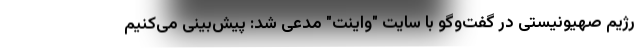
رژیم صهیونیستی در گفت‌وگو با سایت "واینت" مدعی شد: پیش‌بینی می‌کنیم